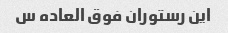
این رستوران فوق العاده س